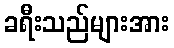
ခရီးသည်များအား